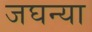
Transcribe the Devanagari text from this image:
जघन्या